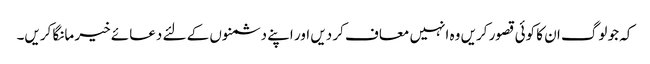
کہ جو لوگ ان کا کوئی قصور کریں وہ انہیں معاف کر دیں اور اپنے دشمنوں کے لئے دعائے خیر مانگا کریں۔